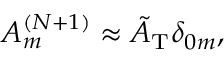
A _ { m } ^ { ( N + 1 ) } \approx \tilde { A } _ { \mathrm { T } } \delta _ { 0 m } ,